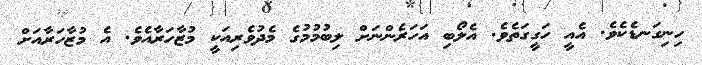
ހިނިގަނޑެކެވެ. އެއީ ހަގީގަތެވެ. އެލޯބި އަހަރެންނަށް ލިބުމުމުގެ މެދުވެރިއަކީ މުޒާހަރާއެވެ. އެ މުޒާހަރާއަށް